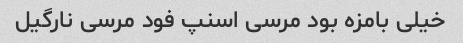
خیلی بامزه بود مرسی اسنپ فود مرسی نارگیل